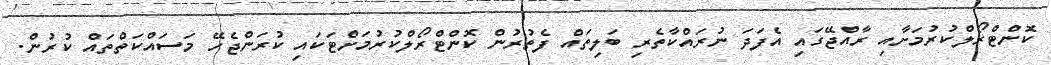
ކޮންޓްރޯލްކުރުމަށާއި ރާއްޖޭގައި އެފަދަ ނުރައްކާތެރި ބަލިތައް ފެތުރުން ކޮންޓްރޯލްކުރުމަށްޓަކައި ކުރަންޖެހޭ މަސައްކަތްތައް ކުރުން.